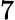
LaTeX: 7